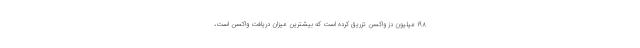
۱۹۸ میلیون دز واکسن تزریق کرده است که بیشترین میزان دریافت واکسن است،